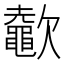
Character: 𣤶